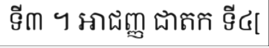
ទី៣ ។ អាជញ្ញ ជាតក ទី៤[